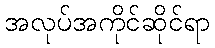
အလုပ်အကိုင်ဆိုင်ရာ